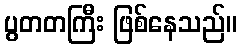
ပွတတကြီး ဖြစ်နေသည်။